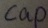
Text: cap